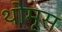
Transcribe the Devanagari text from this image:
थोमूस